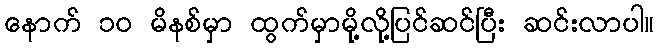
နောက် ၁၀ မိနစ်မှာ ထွက်မှာမို့လို့ပြင်ဆင်ပြီး ဆင်းလာပါ။